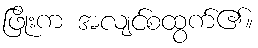
ဖြိုးက အလျင်စထွက်၏။